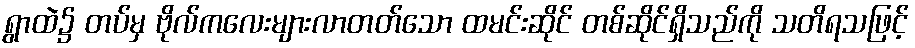
ရွာထဲ၌ တပ်မှ ဗိုလ်ကလေးများလာတတ်သော ထမင်းဆိုင် တစ်ဆိုင်ရှိသည်ကို သတိရသဖြင့်